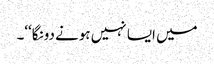
میں ایسا نہیں ہونے دونگا‘‘۔